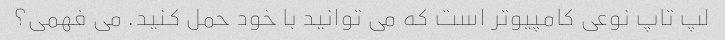
لپ تاپ نوعی کامپیوتر است که می توانید با خود حمل کنید. می فهمی؟